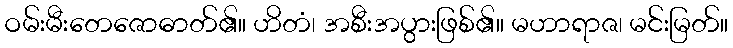
ဝမ်းမီးတေဇောဓာတ်၏။ ဟိတံ၊ အစီးအပွားဖြစ်၏။ မဟာရာဇ၊ မင်းမြတ်။